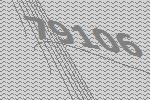
79106